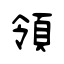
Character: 領